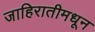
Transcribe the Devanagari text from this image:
जाहिरातीमधून